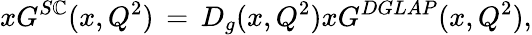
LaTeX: xG^{S\mathbb{C}}(x,Q^{2})\, =\, D_{g}(x,Q^{2})xG^{DGLAP}(x,Q^{2}),